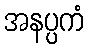
အနပ္ပကံ